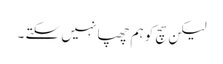
لیکن سچ کو ہم چھپا نہیں سکتے ۔